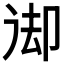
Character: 𠨙